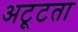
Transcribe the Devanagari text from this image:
अटूटता